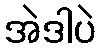
အဲဒါပဲ